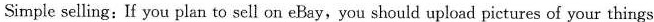
Simple selling:If you plan to sell on eBay,you should upload pictures of your things